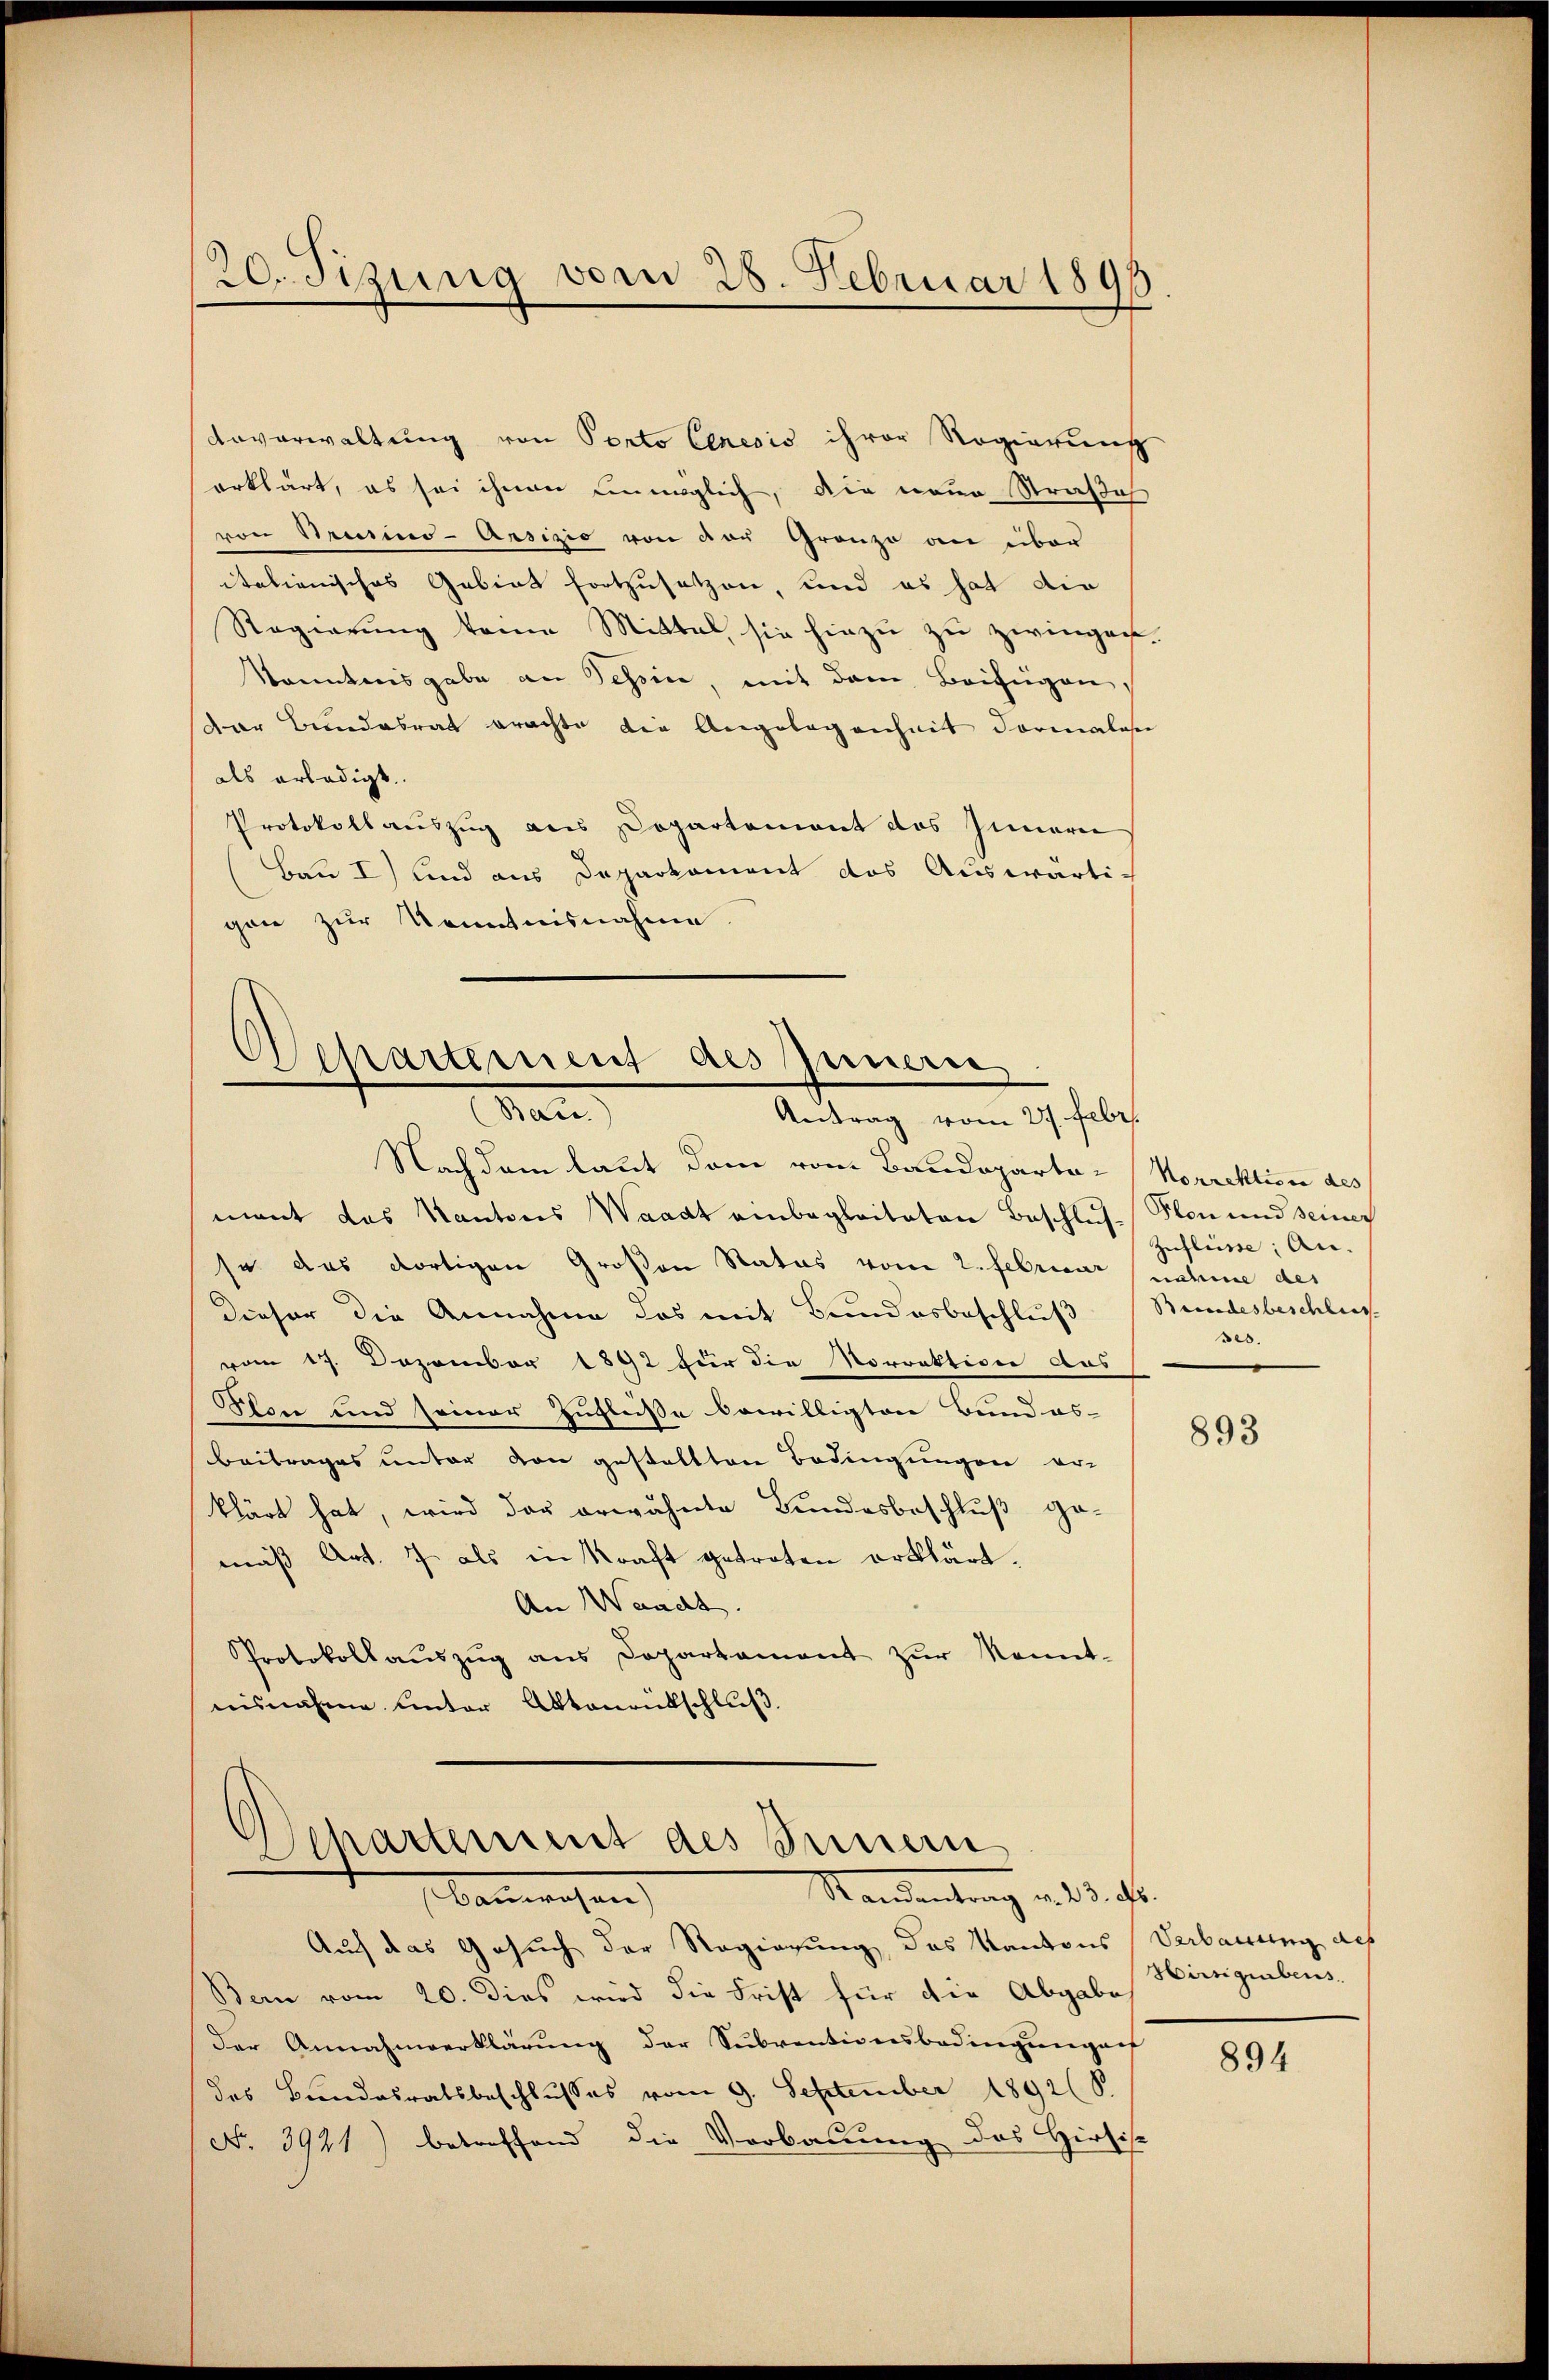
20. Sizung vom 28. Februar 1893.

Anverwaltung von Porto Cenesis ihrer Regierung
erklärt, es sei ihnen unmöglich, die neue Straße
von Brasino-Ansizio von der Grenze an über
italienisches Gebiet fortzusetzen, und es hat die
Regierung kann Mittel sie hiezu zu zwingen.
konntnisgabe an Tessin, mit dem Beifügen,
Der Bundesrat erachte die Angelegenheit dormales
als erledigt.
Protokollauszug aus Dopartemont des Innern
Bau I) und aus Deparkoment das Auswärti-
gen zur Kenntnisnahme.

Repartement des Inneren
man
Antrag vom 27. Febr.

Nachdem laut dem vom Baudeparta-Korrektion des
mant das Kantons Waadt einbegleiteten Beschluss Son und seiner
so das dortigen Großen Status vom 2. Febricar nahme des
Dieser die Annahme das mit Bundesbeschluß (Bundesbeschlus
vom 17. Dezember 1892 für die Vorrektion das
Ston und seiner Zufleiße bewilligten Bund as-
Beitrages unter von gestaltten Bedingungen er-
klärt hat, wird der erwähnte Bundesbeschluß gemäß Art. 7 als in Kraft getreten erklärt.
An Waadt.
Protokollaŭszŭg ans Departament zŭr Kennt-
nisnahme unter Aktenrütschluß.

Chartement des Innern
Mandentrag v. 23. ds.
bauwesen

Zuflüsse; an.
ses.

Auf das Gesuch der Regierung, das Kantons Verbauung des
Bern vom 20. Dies wird die Frist für die Abgabe
der Annahmeerklärung der Subventionsbedingungen
des Bundesratsbeschlusses vom 9. September 1892 (S.
No 3941) betreffend die Verbauung des Hirzis

893

Hirsgebens.

894